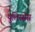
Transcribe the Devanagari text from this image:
युलिस्सेस